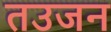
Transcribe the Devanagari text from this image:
तउजन